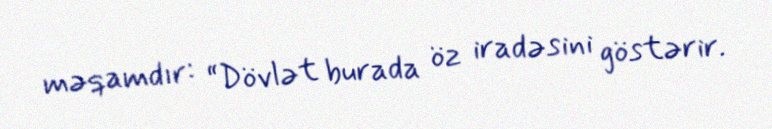
məqamdır: “Dövlət burada öz iradəsini göstərir.